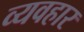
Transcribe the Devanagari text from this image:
व्यवहार